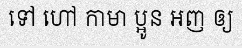
ទៅ ហៅ កាមា ប្អូន អញ ឲ្យ